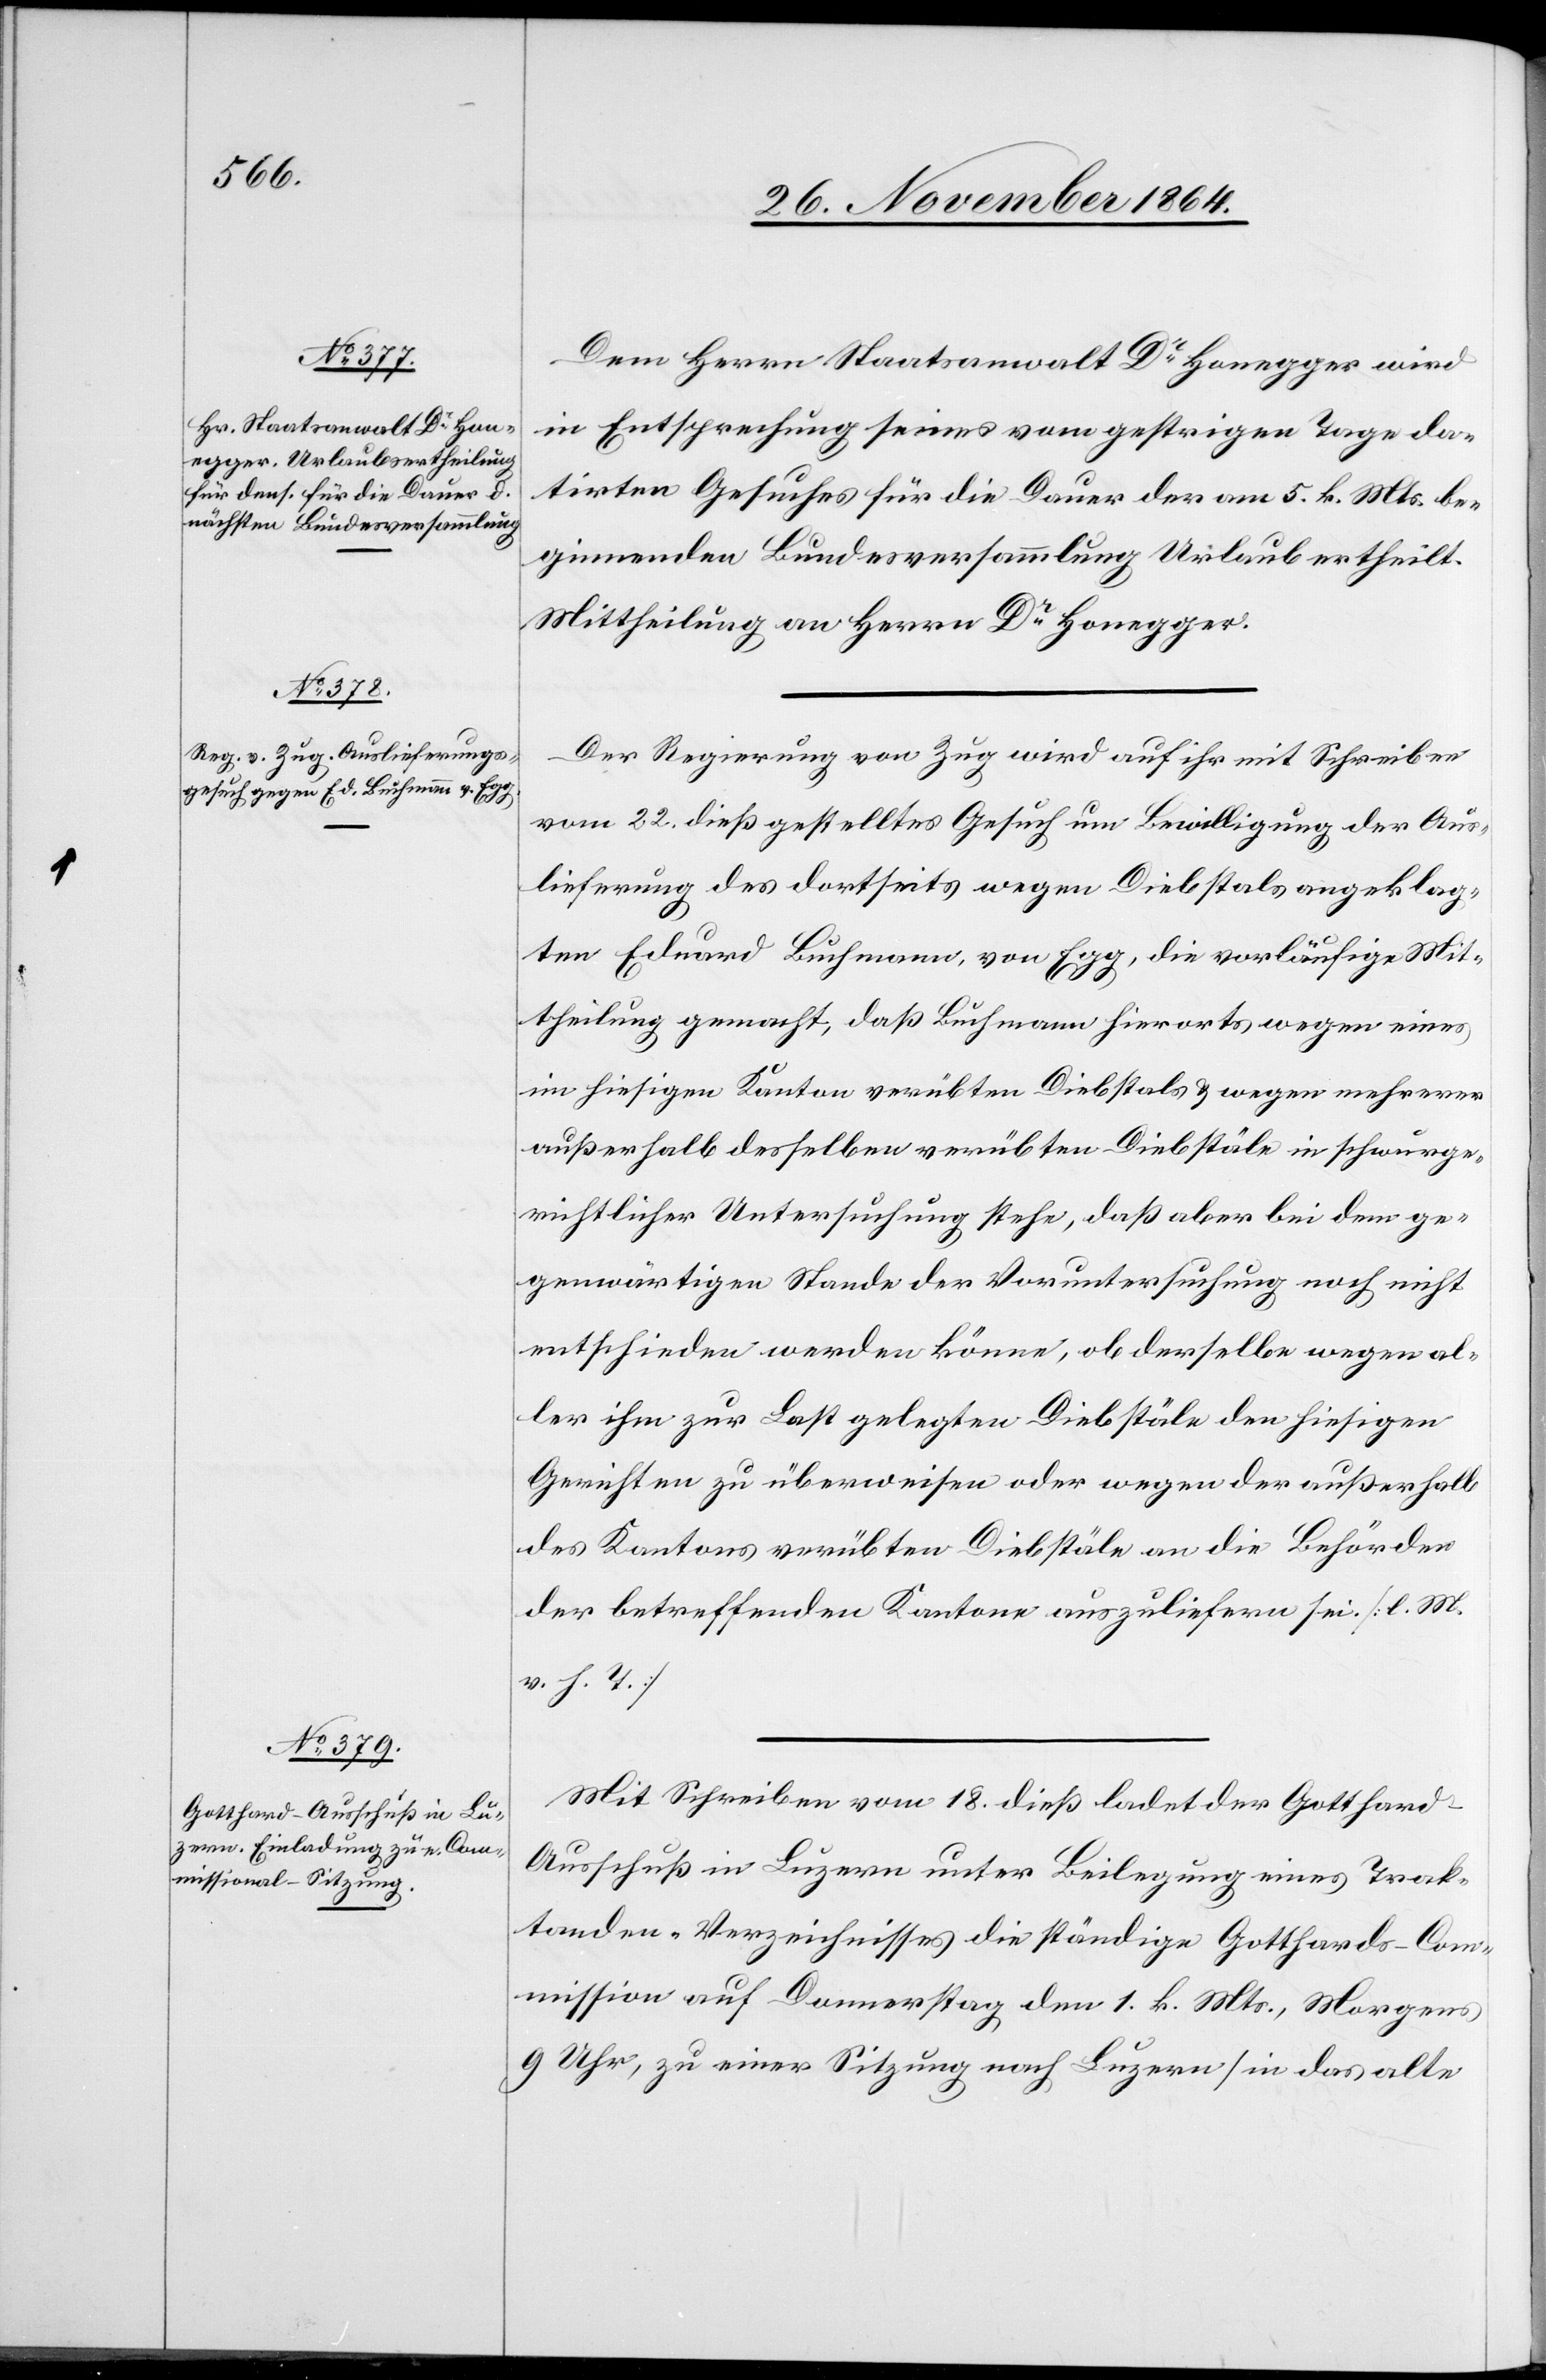
Dem Herrn Staatsanwalt Dr Honegger wird
in Entsprechung seines vom gestrigen Tage da¬
tirten Gesuches für die Dauer der am 5. k. Mts. be¬
ginnenden Bundesversammlung Urlaub ertheilt.
Mittheilung an Herrn Dr Honegger.
Der Regierung von Zug wird auf ihr mit Schreiben
vom 22. dieß gestelltes Gesuch um Bewilligung der Aus¬
lieferung des dortseits wegen Diebstals angeklag¬
ten Eduard Buchmann, von Egg, die vorläufige Mit¬
theilung gemacht, daß Buchmann hierorts wegen eines
im hiesigen Kanton verübten Diebstals & wegen mehrerer
außerhalb desselben verübten Diebstäle in schwurge¬
richtlicher Untersuchung stehe, daß aber bei dem ge¬
genwärtigen Stande der Voruntersuchung noch nicht
entschieden werden könne, ob derselbe wegen al¬
ler ihm zur Last gelegten Diebstäle den hiesigen
Gerichten zu überweisen oder wegen der außerhalb
des Kantons verübten Diebstäle an die Behörden
der betreffenden Kantone auszuliefern sei. [l. M.
v. h. T.]
Mit Schreiben vom 18. dieß ladet der Gotthard-A¬
usschuß in Luzern unter Beilegung eines Trak¬
tanden-Verzeichnisses die ständige Gotthards-Com¬
mission auf Donnerstag den 1. k. Mts., Morgens
9 Uhr, zu einer Sitzung nach Luzern [in das alte